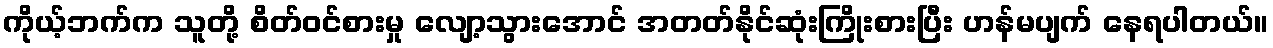
ကိုယ့်ဘက်က သူတို့ စိတ်ဝင်စားမှု လျော့သွားအောင် အတတ်နိုင်ဆုံးကြိုးစားပြီး ဟန်မပျက် နေရပါတယ်။